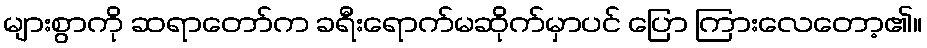
များစွာကို ဆရာတော်က ခရီးရောက်မဆိုက်မှာပင် ပြော ကြားလေတော့၏။